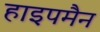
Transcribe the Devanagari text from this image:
हाइपमैन